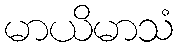
မာယိမာသံ